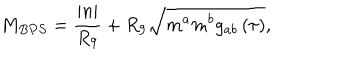
LaTeX: M _ { B P S } = \frac { \left| n \right| } { R _ { 9 } } + R _ { 9 } \sqrt { m ^ { a } m ^ { b } g _ { a b } \left( \tau \right) } ,